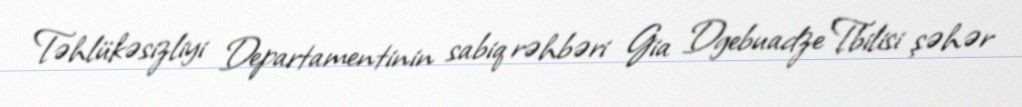
Təhlükəsizliyi Departamentinin sabiq rəhbəri Gia Dgebuadze Tbilisi şəhər